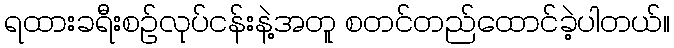
ရထားခရီးစဉ်လုပ်ငန်းနဲ့အတူ စတင်တည်ထောင်ခဲ့ပါတယ်။